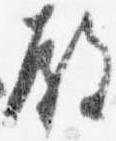
殿